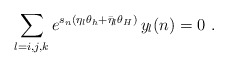
\begin{align*}\sum\limits_{l=i,j,k}e^{s_{n}(\eta _{l}\theta _{h}+\bar{\eta}_{l}\theta_{H})}\,y_{l}(n)=0\,\,. \end{align*}